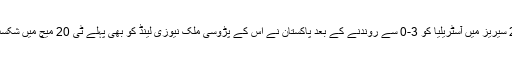
ٹی 20 سیریز میں آسٹریلیا کو 3-0 سے روندنے کے بعد پاکستان نے اس کے پڑوسی ملک نیوزی لینڈ کو بھی پہلے ٹی 20 میچ میں شکست دی۔